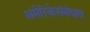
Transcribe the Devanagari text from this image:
अमेरिकेसंबंधात